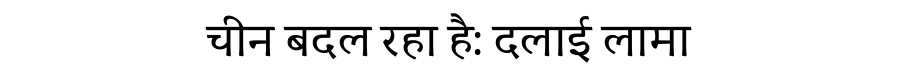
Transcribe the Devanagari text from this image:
चीन बदल रहा है: दलाई लामा